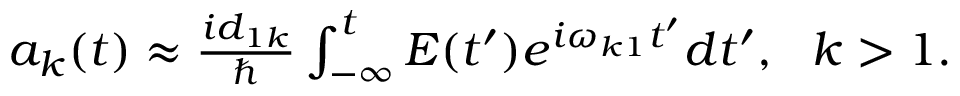
\begin{array} { r } { a _ { k } ( t ) \approx \frac { i d _ { 1 k } } { \hbar } \int _ { - \infty } ^ { t } E ( t ^ { \prime } ) e ^ { i \omega _ { k 1 } t ^ { \prime } } d t ^ { \prime } , \ \ k > 1 . } \end{array}